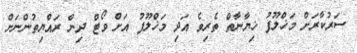
ސަރުކާރަށް މަޚްލޫފު ޚިޔާނާތް ތެރިވެ އަދި މަޚްލޫފު އަށް ވޯޓް ދިން ރައްޔިތުންނަށް